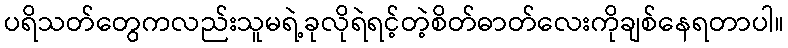
ပရိသတ်တွေကလည်းသူမရဲ့ခုလိုရဲရင့်တဲ့စိတ်ဓာတ်လေးကိုချစ်နေရတာပါ။